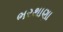
ભરથાણા